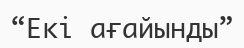
“Екі ағайынды”